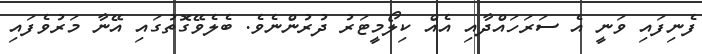
ފެނިފައި ވަނީ އެ ސަރަހައްދާއި އެއް ކިލޯމީޓަރު ދުރުންނެވެ. ބެލެވޭގޮތުގައި އޭނާ މަރުވެފައި